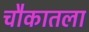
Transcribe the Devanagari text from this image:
चौकातला